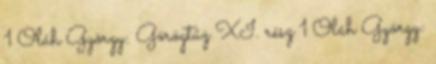
1 Oláh György: Görögtűz XI. rész 1 Oláh György: